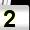
Digit: 2